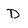
Character: D